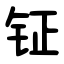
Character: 钲